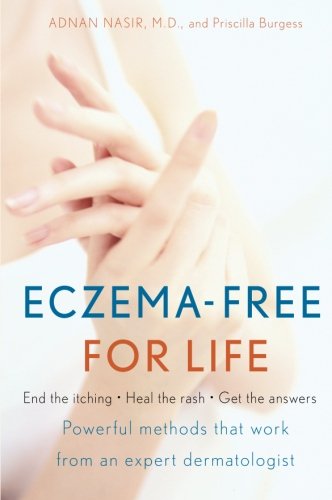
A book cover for Eczema-Free for Life; Adnan, M.D. Nasir; Health, Fitness & Dieting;